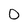
Character: 0